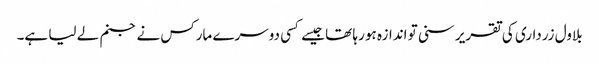
بلاول زرداری کی تقریر سنی تو اندازہ ہو رہا تھا جیسے کسی دوسرے مارکس نے جنم لے لیا ہے۔